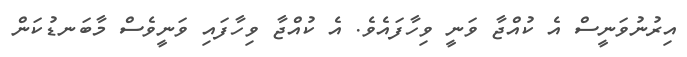
އިރުނުވަނީސް އެ ކުއްޖާ ވަނީ ވިހާފައެވެ. އެ ކުއްޖާ ވިހާފައި ވަނީވެސް މާބަނޑުކަން